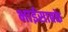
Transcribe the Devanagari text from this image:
भाईसाबके